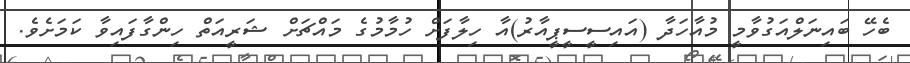
ބެހޭ ބައިނަލްއަގުވާމީ މުއާހަދާ (އައިސީސީޕީއާރު)އާ ހިލާފަށް ހުމާމުގެ މައްޗަށް ޝަރީއަތް ހިންގާފައިވާ ކަމަށެވެ.